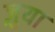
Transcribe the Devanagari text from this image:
ज़ुया